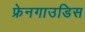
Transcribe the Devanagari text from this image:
फ्रेनगाउडिस